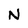
Character: N